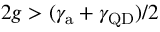
2 g > ( \gamma _ { \mathrm { a } } + \gamma _ { \mathrm { Q D } } ) / { 2 }